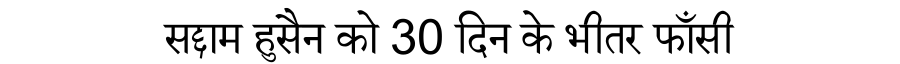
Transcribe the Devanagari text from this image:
सद्दाम हुसैन को 30 दिन के भीतर फाँसी